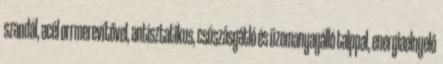
szandál, acél orrmerevítővel, antisztatikus, csúszásgátló és üzemanyagálló talppal, energiaelnyelő